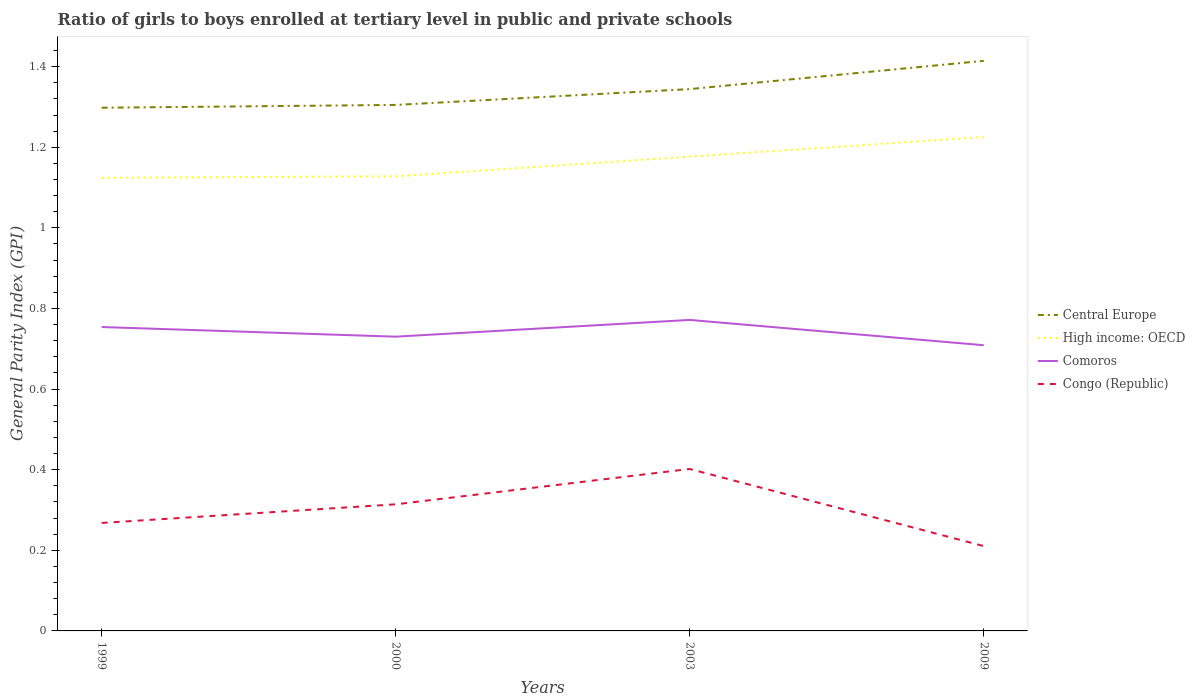
| Years | Central Europe | High income: OECD | Comoros | Congo (Republic) |
 | --- | --- | --- | --- | --- |
 | 1999 | 1.3 | 1.12 | 0.754 | 0.268 |
 | 2000 | 1.3 | 1.13 | 0.73 | 0.314 |
 | 2003 | 1.34 | 1.18 | 0.772 | 0.402 |
 | 2009 | 1.41 | 1.23 | 0.709 | 0.211 |